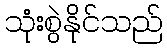
သုံးစွဲနိုင်သည်